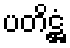
ပတိဋ္ဌံ